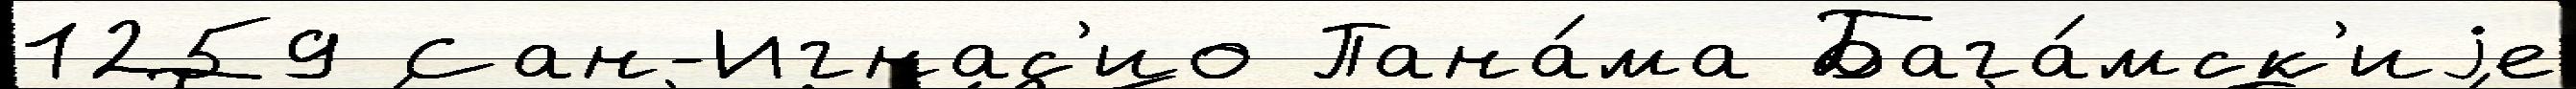
1259 Сан-Игнас'ио Пана́ма Бага́мск'иjе